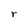
Character: r